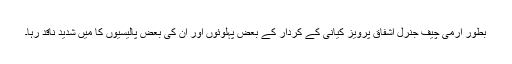
بطور آرمی چیف جنرل اشفاق پرویز کیانی کے کردار کے بعض پہلوئوں اور ان کی بعض پالیسیوں کا میں شدید ناقد رہا۔